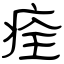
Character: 痊